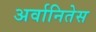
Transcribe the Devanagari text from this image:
अर्वानितेस